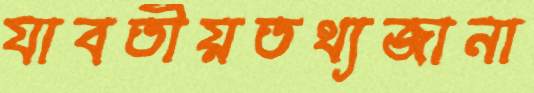
যাবতীয়তথ্যজানা